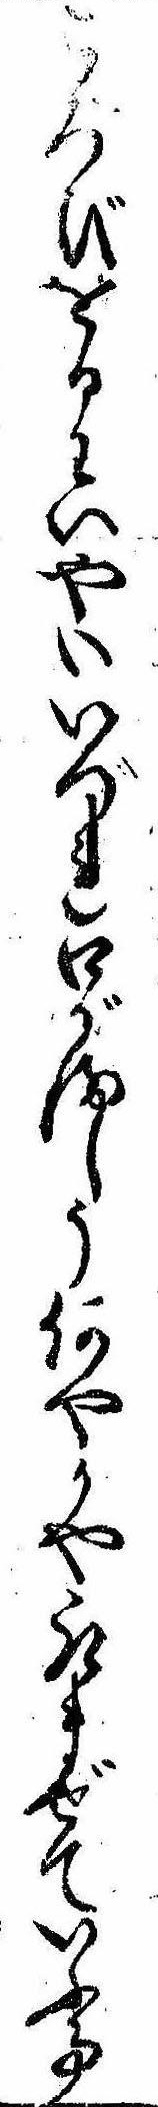
ころびをるわいやいいづれ口がましう何やかや取まぜていふ事